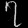
Digit: ၇